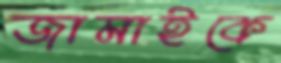
জামাইকে